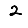
Digit: 2